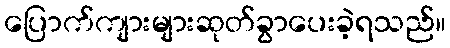
ပြောက်ကျားများဆုတ်ခွာပေးခဲ့ရသည်။